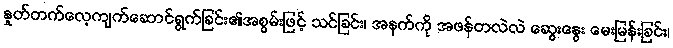
နှုတ်တက်လေ့ကျက်ဆောင်ရွက်ခြင်း၏အစွမ်းဖြင့် သင်ခြင်း၊ အနက်ကို အဖန်တလဲလဲ ဆွေးနွေး မေးမြန်းခြင်း၊